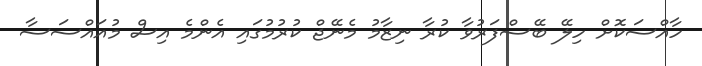
ހާއްސަކޮށް ހިލޭ ބޭސްފަރުވާ ކުރާ ނިޒާމު މެނޭޖް ކުރުމުގައި އެންމެ އިސް މުއައްސަސާ